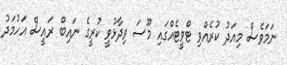
ނަމަވެސް މިއަދު ކުރެއްވި ޓްވީޓެއްގައި މޫސަ ވިދާޅުވީ ކުރީގެ ނައިބް ރައީސް އަހުމަދު